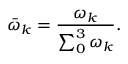
{ { \bar { \omega } } _ { k } } = \frac { { { \omega } _ { k } } } { \sum _ { 0 } ^ { 3 } { { { \omega } _ { k } } } } .